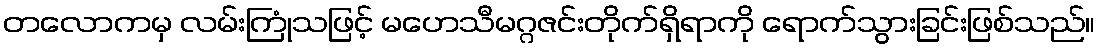
တလောကမှ လမ်းကြုံသဖြင့် မဟေသီမဂ္ဂဇင်းတိုက်ရှိရာကို ရောက်သွားခြင်းဖြစ်သည်။